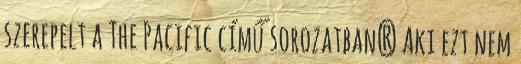
szerepelt a The Pacific című sorozatban? Aki ezt nem